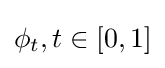
\phi _{t},t\in [0,1]